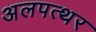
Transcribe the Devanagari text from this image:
अलपत्थर